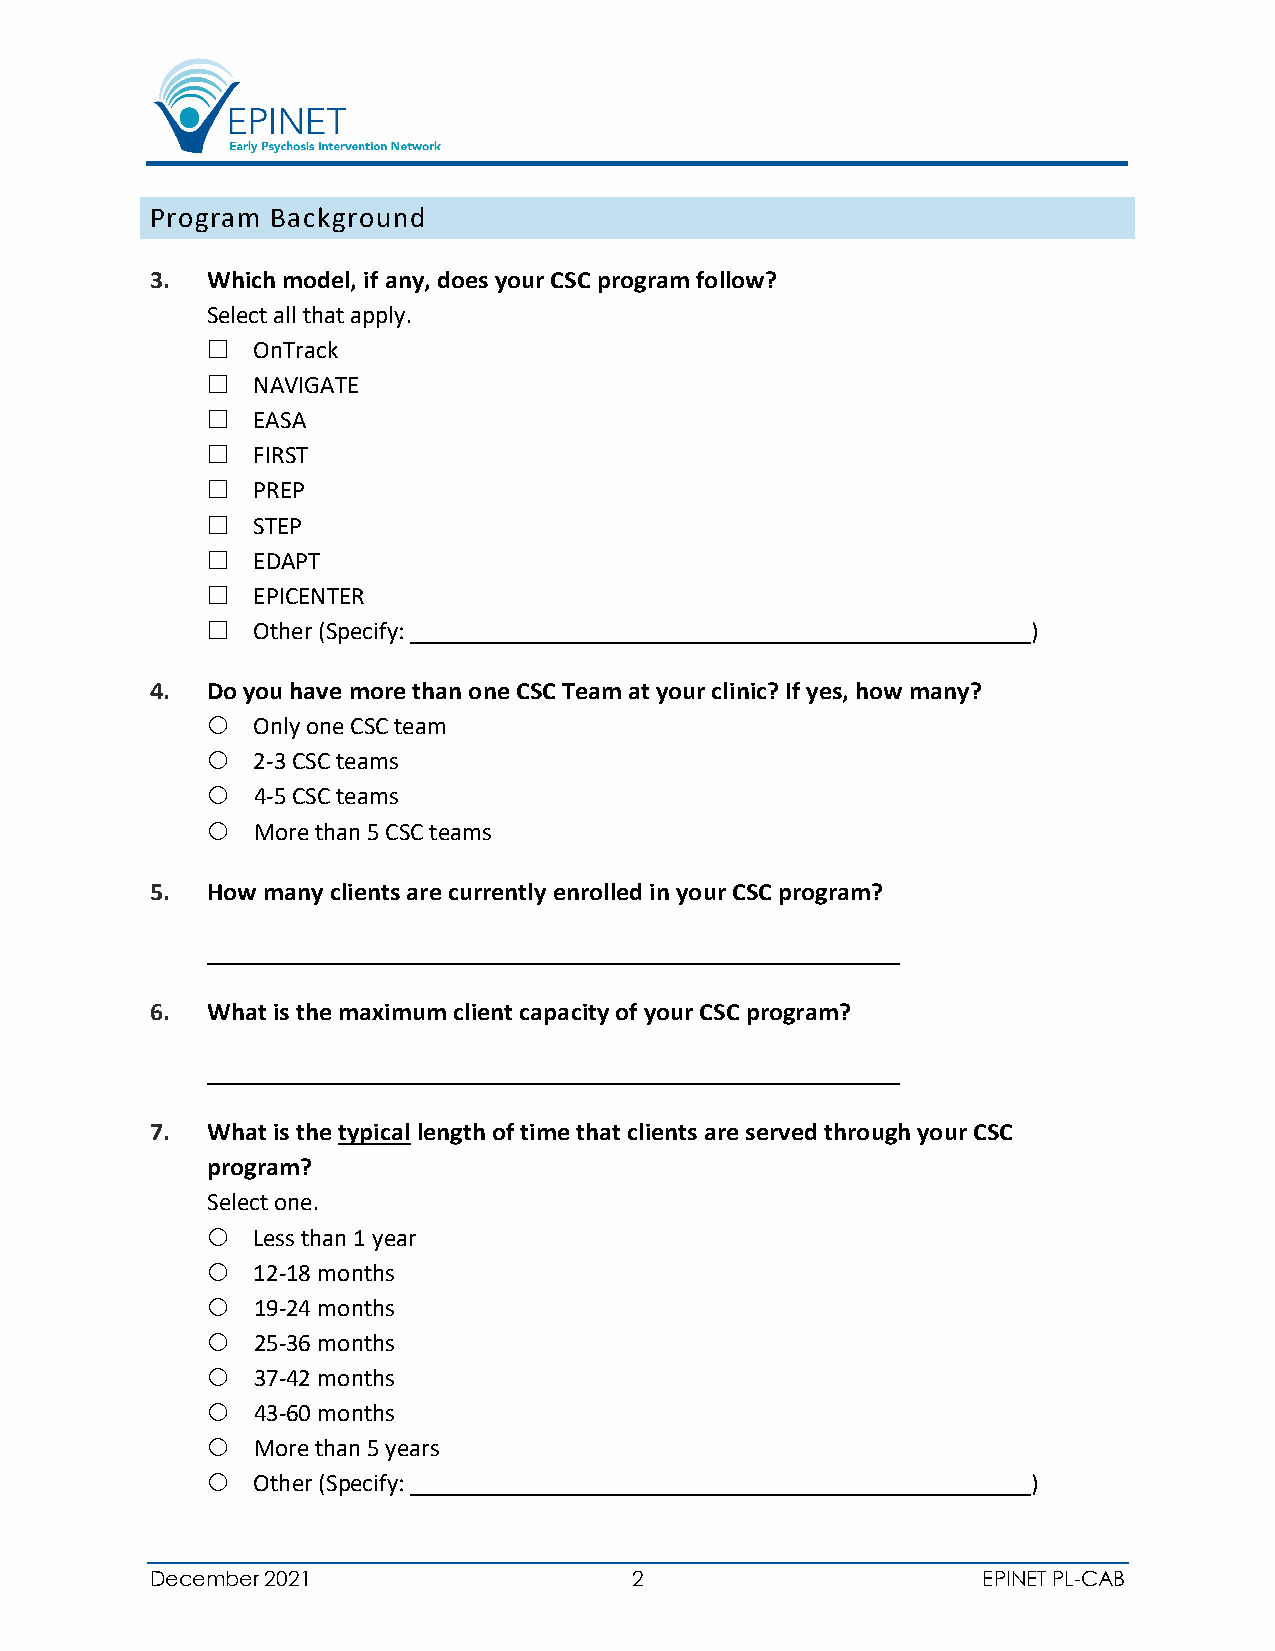
Program Background
 3.  Which model, if any, does your CSC program follow?
 Select all that apply.
   OnTrack
   NAVIGATE
   EASA
   FIRST
   PREP
   STEP
   EDAPT
   EPICENTER
   Other (Specify:                                    )
 4.  Do you have more than one CSC Team at your clinic? If yes, how many?
   Only one CSC team
   2-3 CSC teams
   4-5 CSC teams
   More than 5 CSC teams
 5.  How many clients are currently enrolled in your CSC program?
 6.  What is the maximum client capacity of your CSC program?
 7.  What is the typical length of time that clients are served through your CSC
 program?
 Select one.
   Less than 1 year
   12-18 months
   19-24 months
   25-36 months
   37-42 months
   43-60 months
   More than 5 years
   Other (Specify:                                    )
 December 2021                   2                      EPINET PL-CAB